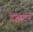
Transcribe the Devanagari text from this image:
डेझर्टर